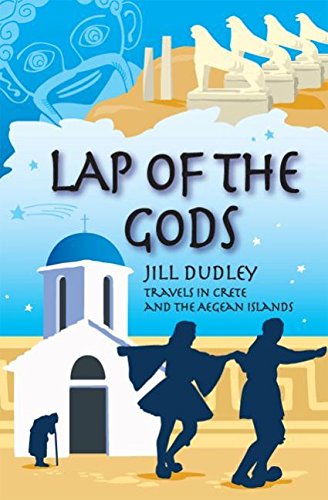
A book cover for Lap of the Gods: Travels in Crete and the Aegean Islands; Jill Dudley; Travel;